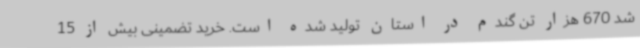
شد 670 هزار تن گندم در استان تولید شده است. خرید تضمینی بیش از 15